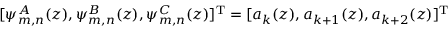
[ \psi _ { m , n } ^ { A } ( z ) , \psi _ { m , n } ^ { B } ( z ) , \psi _ { m , n } ^ { C } ( z ) ] ^ { \mathrm { T } } = [ a _ { k } ( z ) , a _ { k + 1 } ( z ) , a _ { k + 2 } ( z ) ] ^ { \mathrm { T } }